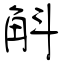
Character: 斛